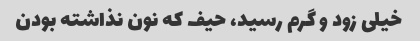
خیلی زود و گرم رسید، حیف که نون نذاشته بودن